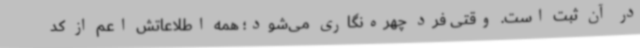
در آن ثبت است. وقتی فرد چهره‌نگاری می‌شود؛ همه اطلاعاتش اعم از کد